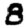
Digit: 8